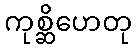
ကုစ္ဆိဟေတု